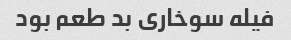
فیله سوخاری بد طعم بود